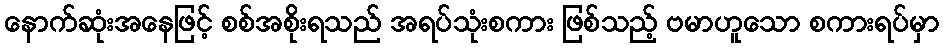
နောက်ဆုံးအနေဖြင့် စစ်အစိုးရသည် အရပ်သုံးစကား ဖြစ်သည့် ဗမာဟူသော စကားရပ်မှာ